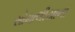
સોમાલીયાના